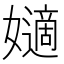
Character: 𡣪